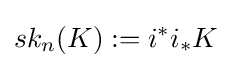
sk_{n}(K):=i^{*}i_{*}K